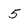
Character: 5